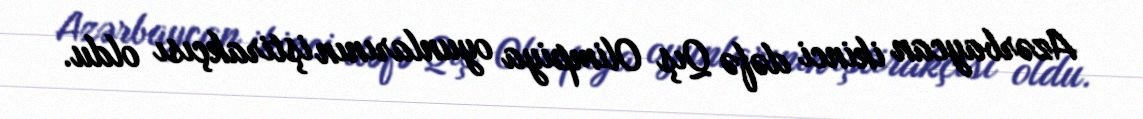
Azərbaycan ikinci dəfə Qış Olimpiya oyunlarının iştirakçısı oldu.